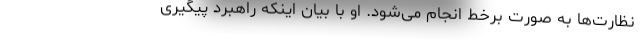
نظارت‌ها به صورت برخط انجام می‌شود. او با بیان اینکه راهبرد پیگیری